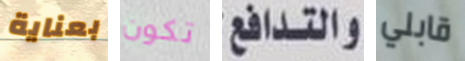
بعناية تكون والتدافع قابلي